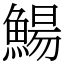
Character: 鰑